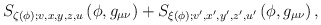
\begin{align*}S_{\zeta (\phi );v,x,y,z,u}\left( \phi ,g_{\mu \nu }\right) +S_{\xi (\phi);v^{\prime },x^{\prime },y^{\prime },z^{\prime },u^{\prime }}\left( \phi,g_{\mu \nu }\right) , \end{align*}